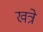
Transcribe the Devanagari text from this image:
खत्रे